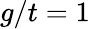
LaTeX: g/t=1